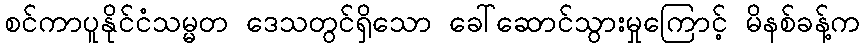
စင်ကာပူနိုင်ငံသမ္မတ ဒေသတွင်ရှိသော ခေါ်ဆောင်သွားမှုကြောင့် မိနစ်ခန့်က